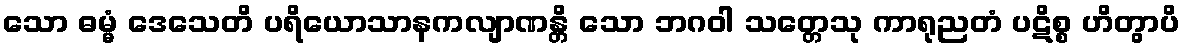
သော ဓမ္မံ ဒေသေတိ ပရိယောသာနကလျာဏန္တိ သော ဘဂဝါ သတ္တေသု ကာရုညတံ ပဋိစ္စ ဟိတွာပိ